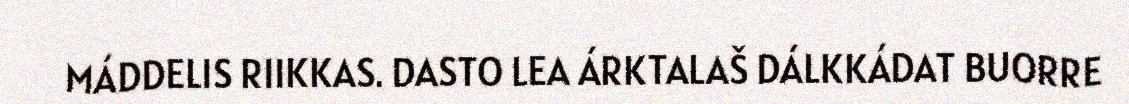
MÁDDELIS RIIKKAS. DASTO LEA ÁRKTALAŠ DÁLKKÁDAT BUORRE